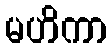
မဟိကာ